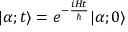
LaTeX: | \alpha ; t \rangle = e ^ { - { \frac { i H t } { \hbar } } } | \alpha ; 0 \rangle